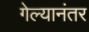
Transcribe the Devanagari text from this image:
गेल्‍यानंतर